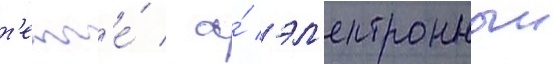
т'енг'е́ / а́ эл'ектронныи